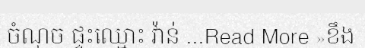
ចំណុច ផ្ទះឈ្មោះ វ៉ាន់ ...Read More »ខឹង